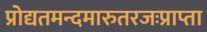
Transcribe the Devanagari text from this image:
प्रोद्यतमन्दमारुतरजःप्राप्ता